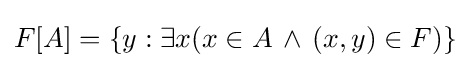
F[A]=\{y:\exists x(x\in A\,\land \,(x,y)\in F)\}